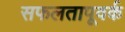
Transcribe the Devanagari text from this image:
सफलतापूवर्क